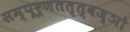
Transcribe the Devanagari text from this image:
सम्पूर्णतत्त्वज्ञो